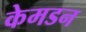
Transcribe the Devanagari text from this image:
केमडन